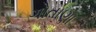
ગોતાણા